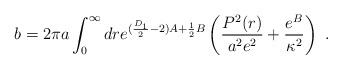
\begin{align*}b=2\pi a\int_0^\infty dr e^{(\frac{D_1}{2}-2)A+\frac{1}{2}B} \left(\frac{P^2(r)}{a^2e^2}+ \frac{e^B}{\kappa^2}\right)~.\end{align*}